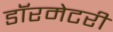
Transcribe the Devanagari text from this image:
डॉरमेटरी